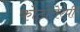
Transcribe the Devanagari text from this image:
फोटोतेरपी